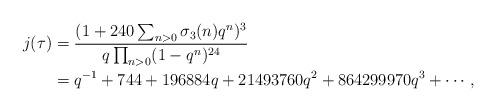
LaTeX: \begin{align*}j(\tau)&=\frac{(1+240\sum_{n>0}\sigma_3(n)q^n)^3}{q\prod_{n>0}(1-q^n)^{24}}\\&=q^{-1}+744+196884q+21493760q^2+864299970 q^3+\cdots,\end{align*}